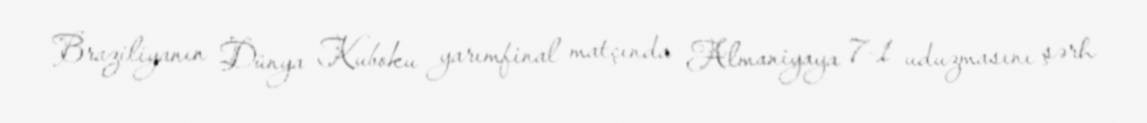
Braziliyanın Dünya Kuboku yarımfinal matçında Almaniyaya 7-1 uduzmasını şərh